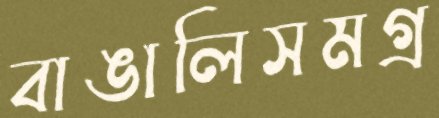
বাঙালিসমগ্র